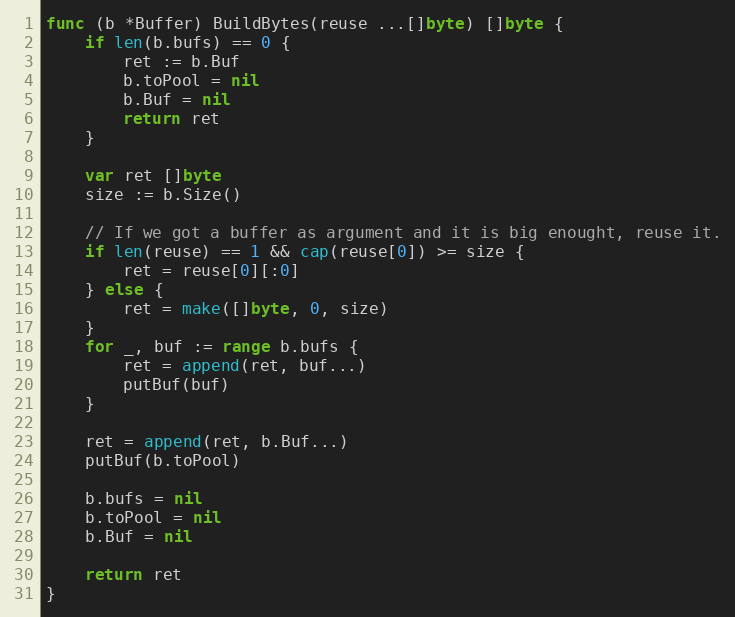
Language: Go
func (b *Buffer) BuildBytes(reuse ...[]byte) []byte {
	if len(b.bufs) == 0 {
		ret := b.Buf
		b.toPool = nil
		b.Buf = nil
		return ret
	}

	var ret []byte
	size := b.Size()

	// If we got a buffer as argument and it is big enought, reuse it.
	if len(reuse) == 1 && cap(reuse[0]) >= size {
		ret = reuse[0][:0]
	} else {
		ret = make([]byte, 0, size)
	}
	for _, buf := range b.bufs {
		ret = append(ret, buf...)
		putBuf(buf)
	}

	ret = append(ret, b.Buf...)
	putBuf(b.toPool)

	b.bufs = nil
	b.toPool = nil
	b.Buf = nil

	return ret
}